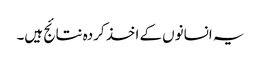
یہ انسانوں کے اخذ کردہ نتائج ہیں۔